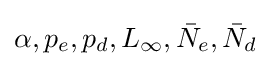
\alpha ,p_{e},p_{d},L_{\infty },{\bar {N}}_{e},{\bar {N}}_{d}